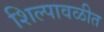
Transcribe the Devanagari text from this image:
शिल्पावळीत